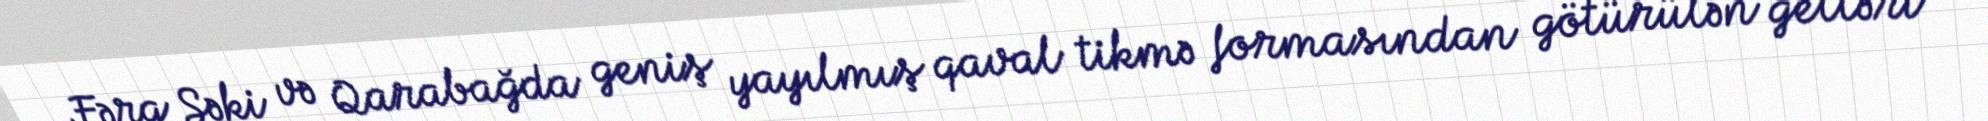
Fərq Şəki və Qarabağda geniş yayılmış qaval tikmə formasından götürülən gelləri